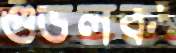
গুডলক